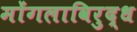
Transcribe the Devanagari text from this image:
मोंगलाविरुद्ध